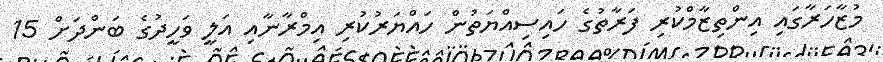
މުޒާހަރާގައި އިންތިޒާމްކުރި ފަރާތުގެ ހައިސިއްޔަތުން ހައްޔަރުކުރި އިމްރާނާއި އަލީ ވަހީދުގެ ބަންދަށް 15